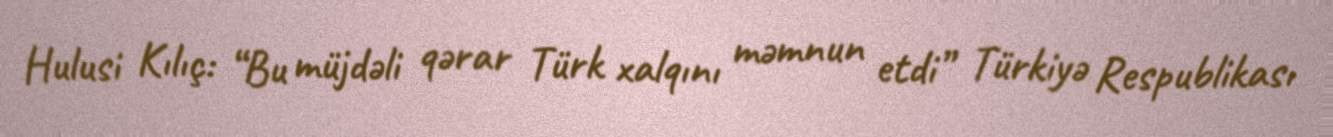
Hulusi Kılıç: “Bu müjdəli qərar Türk xalqını məmnun etdi” Türkiyə Respublikası